Insane asylums in Bengal annual reports 1876-1887 - 1876-1887
Year: 1876
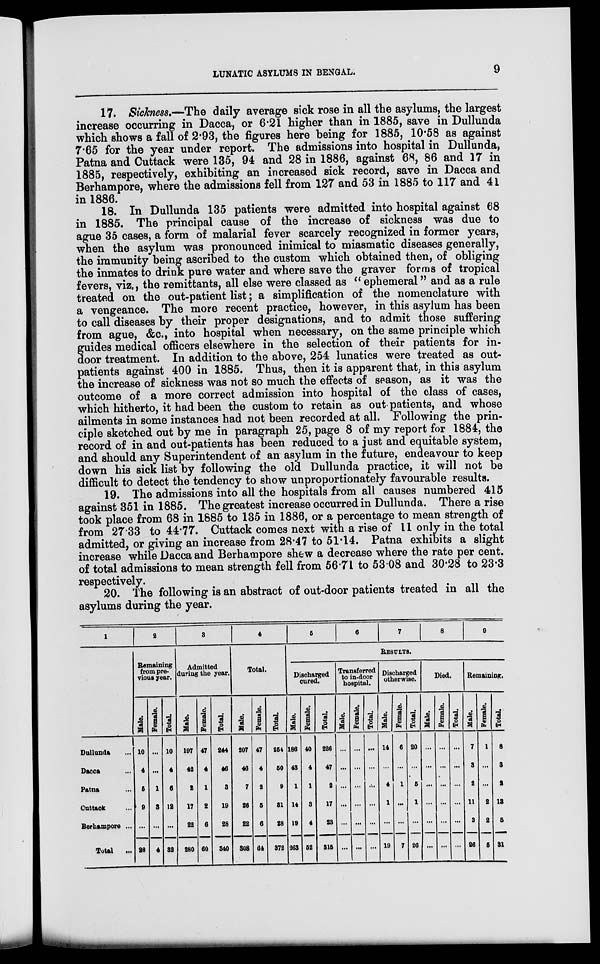
LUNATIC ASYLUMS IN BENGAL.
9
17. Sickness.—The daily average sick rose in all the asylums, the largest
increase occurring in Dacca, or 6.21 higher than in 1885, save in Dullunda
which shows a fall of 2.93, the figures here being for 1885, 10.58 as against
7.65 for the year under report. The admissions into hospital in Dullunda,
Patna and Cuttack were 135, 94 and 28 in 1886, against 68, 86 and 17 in
1885, respectively, exhibiting an increased sick record, save in Dacca and
Berhampore, where the admissions fell from 127 and 53 in 1885 to 117 and 41
in 1886.
18. In Dullunda 135 patients were admitted into hospital against 68
in 1885. The principal cause of the increase of sickness was due to
ague 35 cases, a form of malarial fever scarcely recognized in former years,
when the asylum was pronounced inimical to miasmatic diseases generally,
the immunity being ascribed to the custom which obtained then, of obliging
the inmates to drink pure water and where save the graver forms of tropical
fevers, viz., the remittants, all else were classed as "ephemeral" and as a rule
treated on the out-patient list; a simplification of the nomenclature with
a vengeance. The more recent practice, however, in this asylum has been
to call diseases by their proper designations, and to admit those suffering
from ague, &c., into hospital when necessary, on the same principle which
g uides medical officers elsewhere in the selection of their patients for in-
door treatment. In addition to the above, 254 lunatics were treated as out-
patients against 400 in 1885. Thus, then it is apparent that, in this asylum
the increase of sickness was not so much the effects of season, as it was the
outcome of a more correct admission into hospital of the class of cases,
which hitherto, it had been the custom to retain as out patients, and whose
ailments in some instances had not been recorded at all. Following the prin-
ciple sketched out by me in paragraph 25, page 8 of my report for 1884, the
record of in and out-patients has been reduced to a just and equitable system,
and should any Superintendent of an asylum in the future, endeavour to keep
down his sick list by following the old Dullunda practice, it will not be
difficult to detect the tendency to show unproportionately favourable results.
19. The admissions into all the hospitals from all causes numbered 415
against 351 in 1885. The greatest increase occurred in Dullunda. There a rise
took place from 68 in 1885 to 135 in 1886, or a percentage to mean strength of
from 27.33 to 44.77. Cuttack comes next with a rise of 11 only in the total
admitted, or giving an increase from 28.47 to 51.14. Patna exhibits a slight
increase while Dacca and Berhampore shew a decrease where the rate per cent.
of total admissions to mean strength fell from 56.71 to 53.08 and 30.28 to 23.3
respectively.
20. The following is an abstract of out-door patients treated in all the
asylums during the year.
1
Dullunda ...
Dacca ...
Patna ...
Cuttack ...
Berhampore ...
Total
...
2
Remaining
from pre-
vious year.
Male.
10
4
5
9
...
28
Female.
...
...
1
3
...
4
Total
10
4
6
12
...
32
3
Admitted
during the year.
Male.
197
42
8
17
22
280
Female.
47
4
1
2
6
60
Total.
244
46
3
19
28
340
4
Total.
Male.
207
46
7
26
22
308
Female.
47
4
2
5
6
64
Total.
254
50
9
31
88
378
6
6
7
8
9
RESULTS.
Discharged
cured.
Male.
186
48
1
14
19
263
Female.
40
4
1
3
4
52
Total.
226
47
2
17
23
315
Transferred
to in-door
hospital.
Male.
...
...
...
...
...
...
Female.
...
...
...
...
...
...
Total.
...
...
...
...
...
...
Discharged
otherwise.
Male.
14
...
4
1
...
19
Female.
6
...
1
...
...
7
Total.
20
...
5
1
...
26
Died.
Male.
...
...
...
...
...
...
Female.
...
...
...
...
...
...
Total.
...
...
...
...
...
...
Remaining.
Male.
7
3
2
11
3
26
Female.
1
...
...
2
2
5
Total.
8
3
2
13
5
31